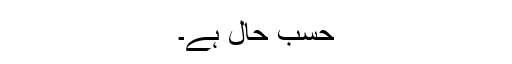
حسب حال ہے۔